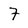
Character: 7